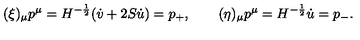
( \xi ) _ { \mu } p ^ { \mu } = H ^ { - { \frac { 1 } { 2 } } } ( \dot { v } + 2 S \dot { u } ) = p _ { + } , \quad \quad ( \eta ) _ { \mu } p ^ { \mu } = H ^ { - { \frac { 1 } { 2 } } } \dot { u } = p _ { - } .